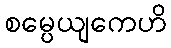
စမ္ပေယျကေဟိ